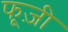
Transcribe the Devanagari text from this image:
फूज़ी